Lunatic asylums Punjab 1895-1910 - 1895-1910
Year: 1895
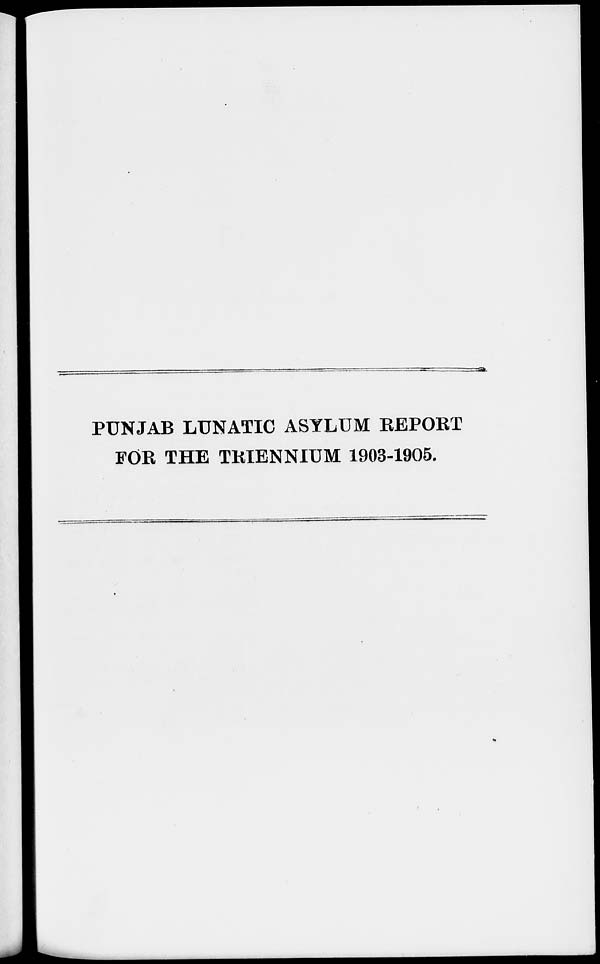
PUNJAB LUNATIC ASYLUM REPORT
FOR THE TRIENNIUM 1903-1905.